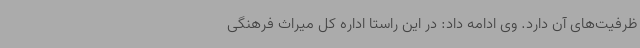
ظرفیت‌های آن دارد. وی ادامه داد: در این راستا اداره کل میراث فرهنگی